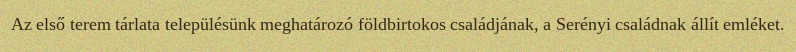
Az első terem tárlata településünk meghatározó földbirtokos családjának, a Serényi családnak állít emléket.